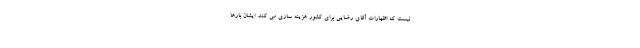
نیست که اظهارات آقای رضایی برای کشور هزینه سازی می کند. ایشان بارها